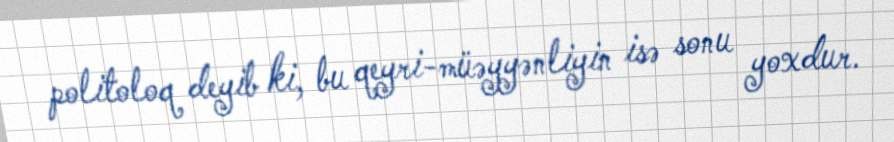
politoloq deyib ki, bu qeyri-müəyyənliyin isə sonu yoxdur.